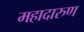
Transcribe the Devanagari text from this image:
महादारुण